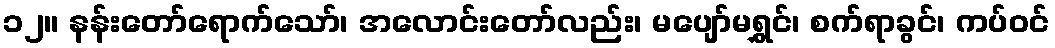
၁၂။ နန်းတော်ရောက်သော်၊ အလောင်းတော်လည်း၊ မပျော်မရွှင်၊ စက်ရာခွင်၊ ကပ်ဝင်